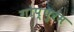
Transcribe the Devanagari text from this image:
गोप्पुरम